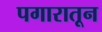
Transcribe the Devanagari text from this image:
पगारातून